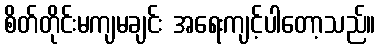
စိတ်တိုင်းမကျမချင်း အရေးကျင့်ပါတော့သည်။